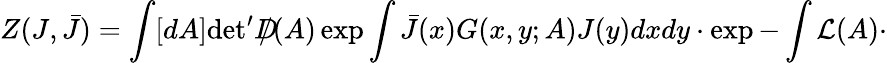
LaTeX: Z(J,\bar{J})=\int[dA]\mathrm{det}^{\prime}D\! \! \! \! /(A)\exp\int\bar{J}(x)G(x,y;A)J(y)dxdy\cdot\exp-\int{\cal L}(A)\cdot